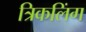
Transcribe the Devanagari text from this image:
त्रिकलिंग